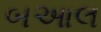
બઆલ